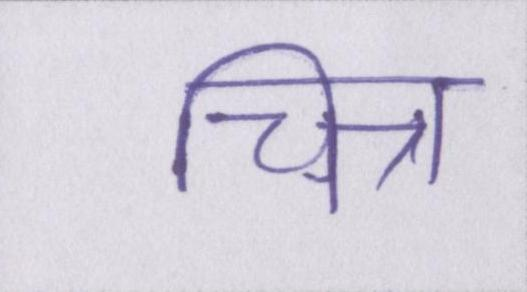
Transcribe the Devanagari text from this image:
चित्र